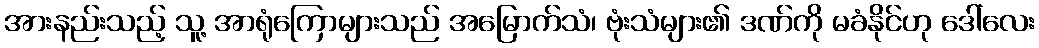
အားနည်းသည့် သူ့ အာရုံကြောများသည် အမြောက်သံ၊ ဗုံးသံများ၏ ဒဏ်ကို မခံနိုင်ဟု ဒေါ်လေး